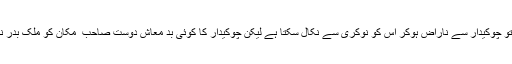
مکان مالک تو چوکیدار سے ناراض ہوکر اس کو نوکری سے نکال سکتا ہے لیکن چوکیدار کا کوئی بد معاش دوست صاحب ِ مکان کو ملک بدر نہیں کرسکتا۔